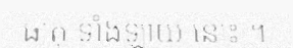
ធាតុ ទាំងឡាយ នោះ ។